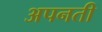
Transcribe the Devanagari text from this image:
अपनती